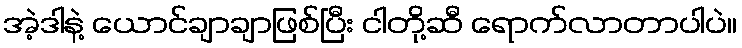
အဲ့ဒါနဲ့ ယောင်ချာချာဖြစ်ပြီး ငါတို့ဆီ ရောက်လာတာပါပဲ။